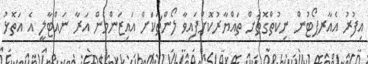
އިފުރު އެއާރޕޯޓުން ނިކުތްގޮތަށް ތައްޔާރުކޮށްފައިވާ ލޯންޗަކަށް އައިޒަންމެން އަރާ ނައްޓާލީ އެ އަތޮޅު